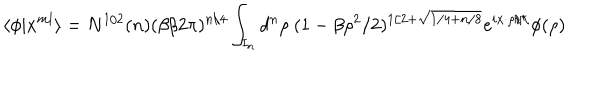
\langle \phi | x ^ { m l } \rangle = N ^ { 1 / 2 } ( n ) ( \beta / 2 \pi ) ^ { n / 4 } \int _ { I _ { n } } d ^ { n } \rho ~ ( 1 - \beta \rho ^ { 2 } / 2 ) ^ { 1 / 2 + \sqrt { 1 / 4 + n / 8 } } e ^ { i x \cdot \rho / \hbar } \phi ( \rho )